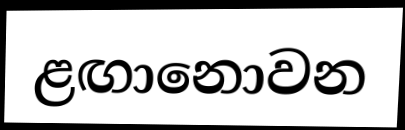
ළඟානොවන